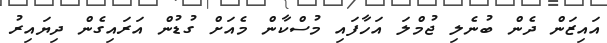
އައިޒަން ދެން ބުނެލި ޖުމްލަ އަހާފައި މުސްކާން މެއަށް ގުޑުން އަރައިގެން ދިޔައިރު